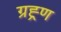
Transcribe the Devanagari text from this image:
ग्रह्र्ण